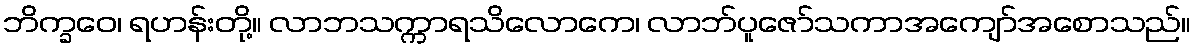
ဘိက္ခဝေ၊ ရဟန်းတို့။ လာဘသက္ကာရသိလောကေ၊ လာဘ်ပူဇော်သကာအကျော်အစောသည်။